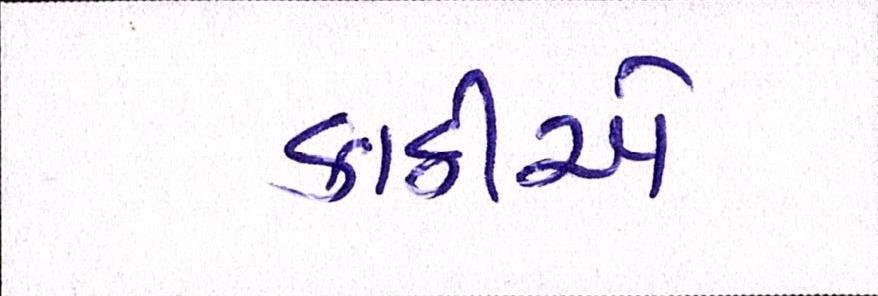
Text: કાઠીએ